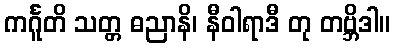
ကင်္ဂူတိ သတ္တ ဓညာနိ၊ နီဝါရာဒီ တု တဗ္ဘိဒါ။